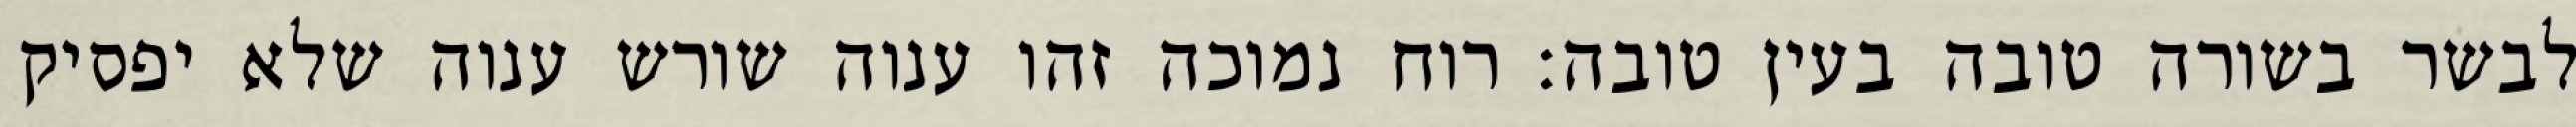
לבשר בשורה טובה בעין טובה: רוח נמוכה זהו ענוה שורש ענוה שלא יפסיק